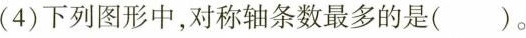
(4) 下列图形中，对称轴条数最多的是( )。